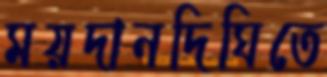
ময়দানদিঘিতে